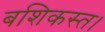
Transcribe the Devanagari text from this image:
बशिकस्त।